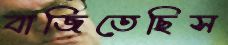
বাজিতেছিস